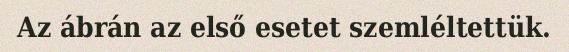
Az ábrán az első esetet szemléltettük.